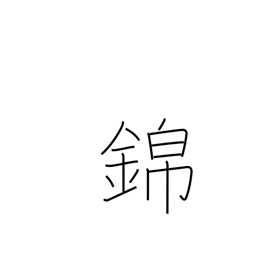
Meaning: honors